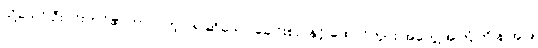
သို့သော် ဦးဝင်းတင်၏ ဘာလဲဟဲ့ ငရဲ ဆိုသော ခေါင်းစဉ် နှင့် ထောင်တွင်း အတွေ့အကြုံကို န.အ.ဖ